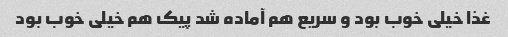
غذا خیلی خوب بود و سریع هم آماده شد پیک هم خیلی خوب بود